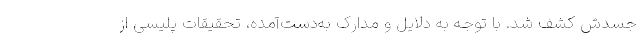
جسدش کشف شد. با توجه به دلایل و مدارک به‌دست‌آمده، تحقیقات پلیسی از